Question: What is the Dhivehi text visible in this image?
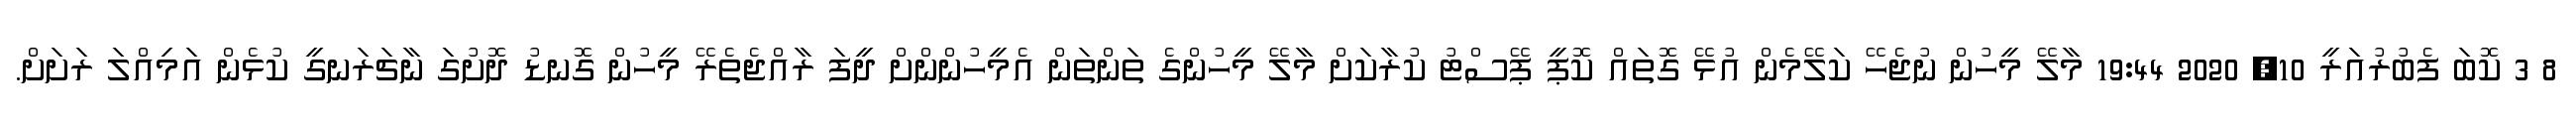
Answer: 8 3 ކޮބަ ފެބުރުއަރީ 10, 2020 19:44 މާލޭ މީހުން ނުޖެހޭ ކަލޭމެން އުޅޭ ގޮތައް ކޮޕީ ޕޭސްޓު ކުރާކަށް މާލޭ މީހުންގެ ތަންތަން އެމީހުންންށް ދީފަ ރާއްޖެތެރޭ މީހުން ގޮނޑު ދޮށުގަ ނާޗަރަނގީ ކުޅެން އަމިއްލަ ރަށަށް.